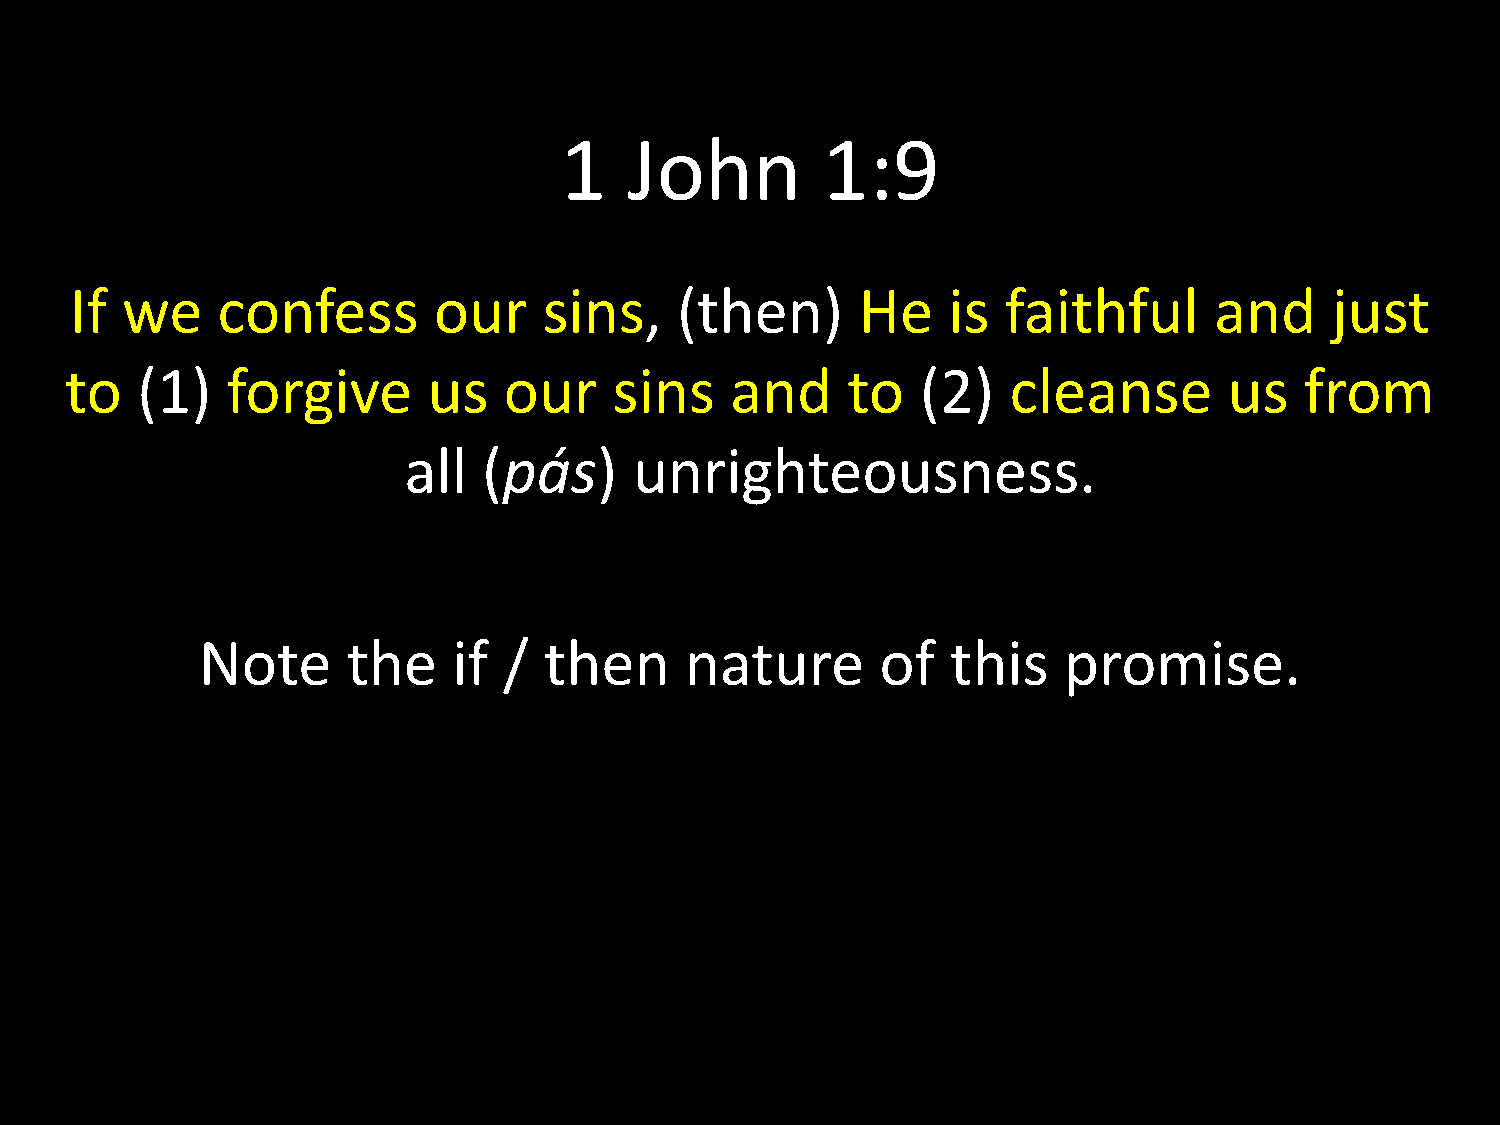
1    John        1:9
 If we    confess        our    sins,    (then)      He    is  faithful     and     just
 to   (1)   forgive      us   our     sins   and     to   (2)   cleanse       us   from
 all  (pás)     unrighteousness.
 Note      the    if /  then     nature       of   this   promise.